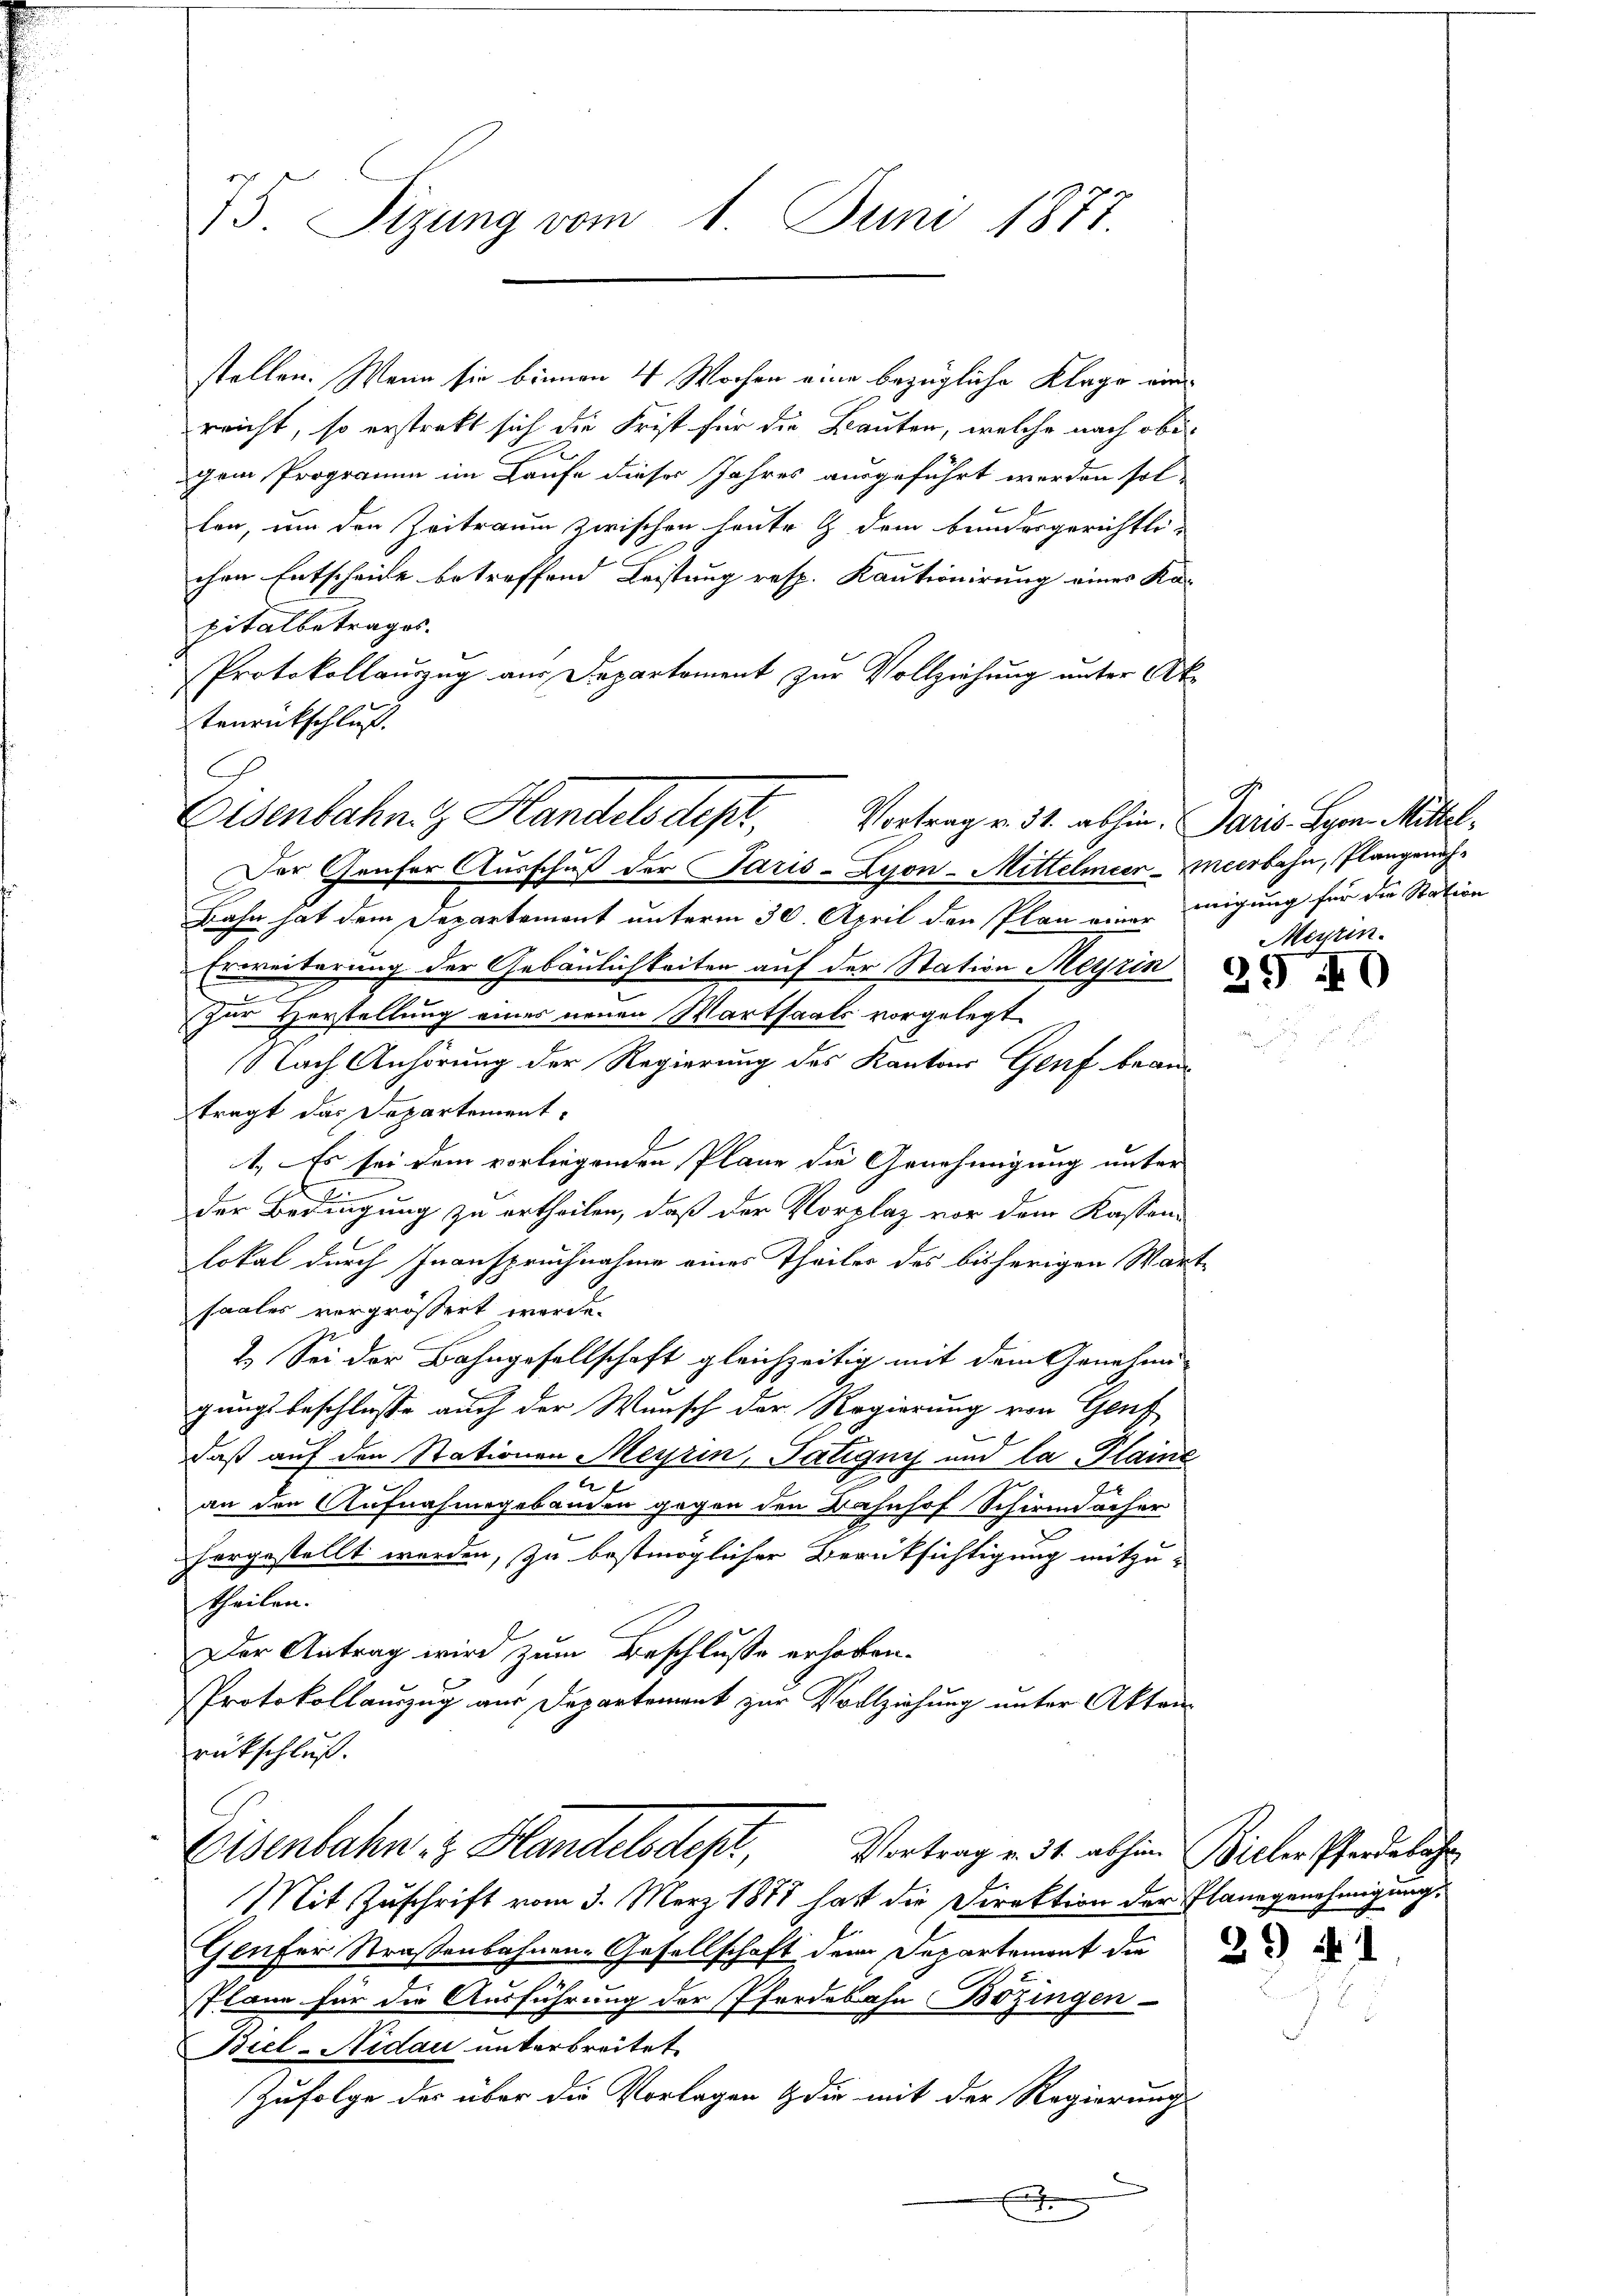
75. Sizung vom 1. Juni 1877.

stellen. Wenn sie binnen 4 Wochen eine bezügliche Klage einreicht, so erstrakt sich die Frist für die Bauten, welche nach obe
gem Programm im Laufe dieses Jahres ausgeführt werden sol-
lon, um den Zeitraum zwischen heute & dem Bundesgerichtli-
chen Entscheide betreffend Leistung resp. Kautionirung eines Ka-
pitalbetrages.
Protokollauszug aus Departoment zur Vollziehung unter Ak
tenrückschluß.

C
Eisenbahn z. Handelsdept. Vortrag v. 31. abhin. Paris Bern Mittel,

Der Genfer Ausschuß der Paris - Lyon-Mittelmeer-Meerbahn, Plangenoh¬
Bahn hat dem Departement unterm 30. April den Plan einer migung für die Station
Erweiterung der Gebäulichkeiten auf der Station Meyrin
zur Vorstellung eines neuen Wartsaals vorgelegt
Nach Anhörung der Regierung des Kantons Genf beantragt das Departement
1. Es sei dem vorliegenden Plane die Genehmigung unter
l
der Bedingung zu ertheilen, daß der Vorplaz vor dem Kassen-
lokal durch Inanspruchnahme eines Theiler des bisherigen Wartsaales vergrößert worden.
1. Sei der Bahngesellschaft gleichzeitig mit dem Genehmi
gungsbeschlüsse auch der Wunsch der Regierung von Genf
daß auf den Stationen Meyrin, Patignys und la Plaine
an den Aufnahmsgebäuden gegen den Bahnhof Schirmacher
horgestellt werden, zu bestmöglicher Berüksichtigung mitzu-
theilen.
Der Antrag wird zum Beschluße erhoben.
Protokollauszug aus Departement zur Vollziehung unter Akten
rückschluß.

Mit Zuschrift vom 3. März 1888 hatt die Direktion der Planngenehmigung.
Genfer Straßenbahnen-Gesellschaft dem Departemont die
Plane für die Ausführung der Pferdebahn Bözingen-
Biel-Nidau unterbreitet.
Zufolge der über die Vorlagen & die mit der Regierungs-
E

Eisenbahn z. Handelsdept,
Vortrag v. 31. abhin. Biller Pferdebahr

Mirtin.